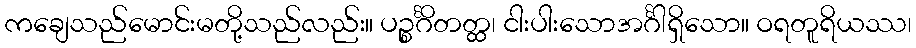
ကချေသည်မောင်းမတို့သည်လည်း။ ပဉ္စင်္ဂိတတ္ထ၊ ငါးပါးသောအင်္ဂါရှိသော။ ဝရတူရိယဿ၊